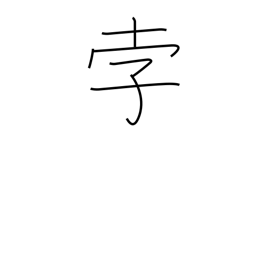
Meaning: comet